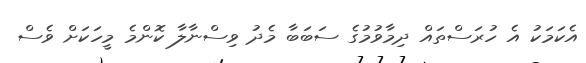
އެކަމަކު އެ ހުރަސްތައް ދިމާވުމުގެ ސަބަބާ މެދު ވިސްނާލާ ކޮންމެ މީހަކަށް ވެސް